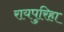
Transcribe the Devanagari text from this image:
रायपुरिहा